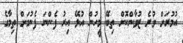
އުމުރަށް ވުރެ ޒުވާންކޮށް ތިބޭ މީހުން އުޅޭ އިރު ފެންނަ ފެނުމަށް ތިމާގެ